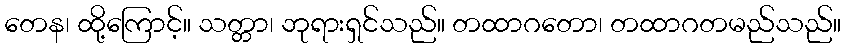
တေန၊ ထို့ကြောင့်။ သတ္တာ၊ ဘုရားရှင်သည်။ တထာဂတော၊ တထာဂတမည်သည်။